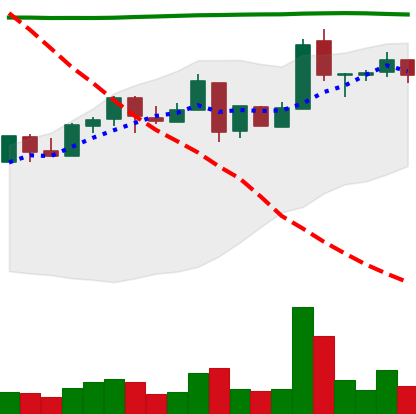
Ticker: NEO-USD
Chart end date: 2018-05-04
Forward return: -9.409%
Label: down_7plus